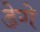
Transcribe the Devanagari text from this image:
डेगे